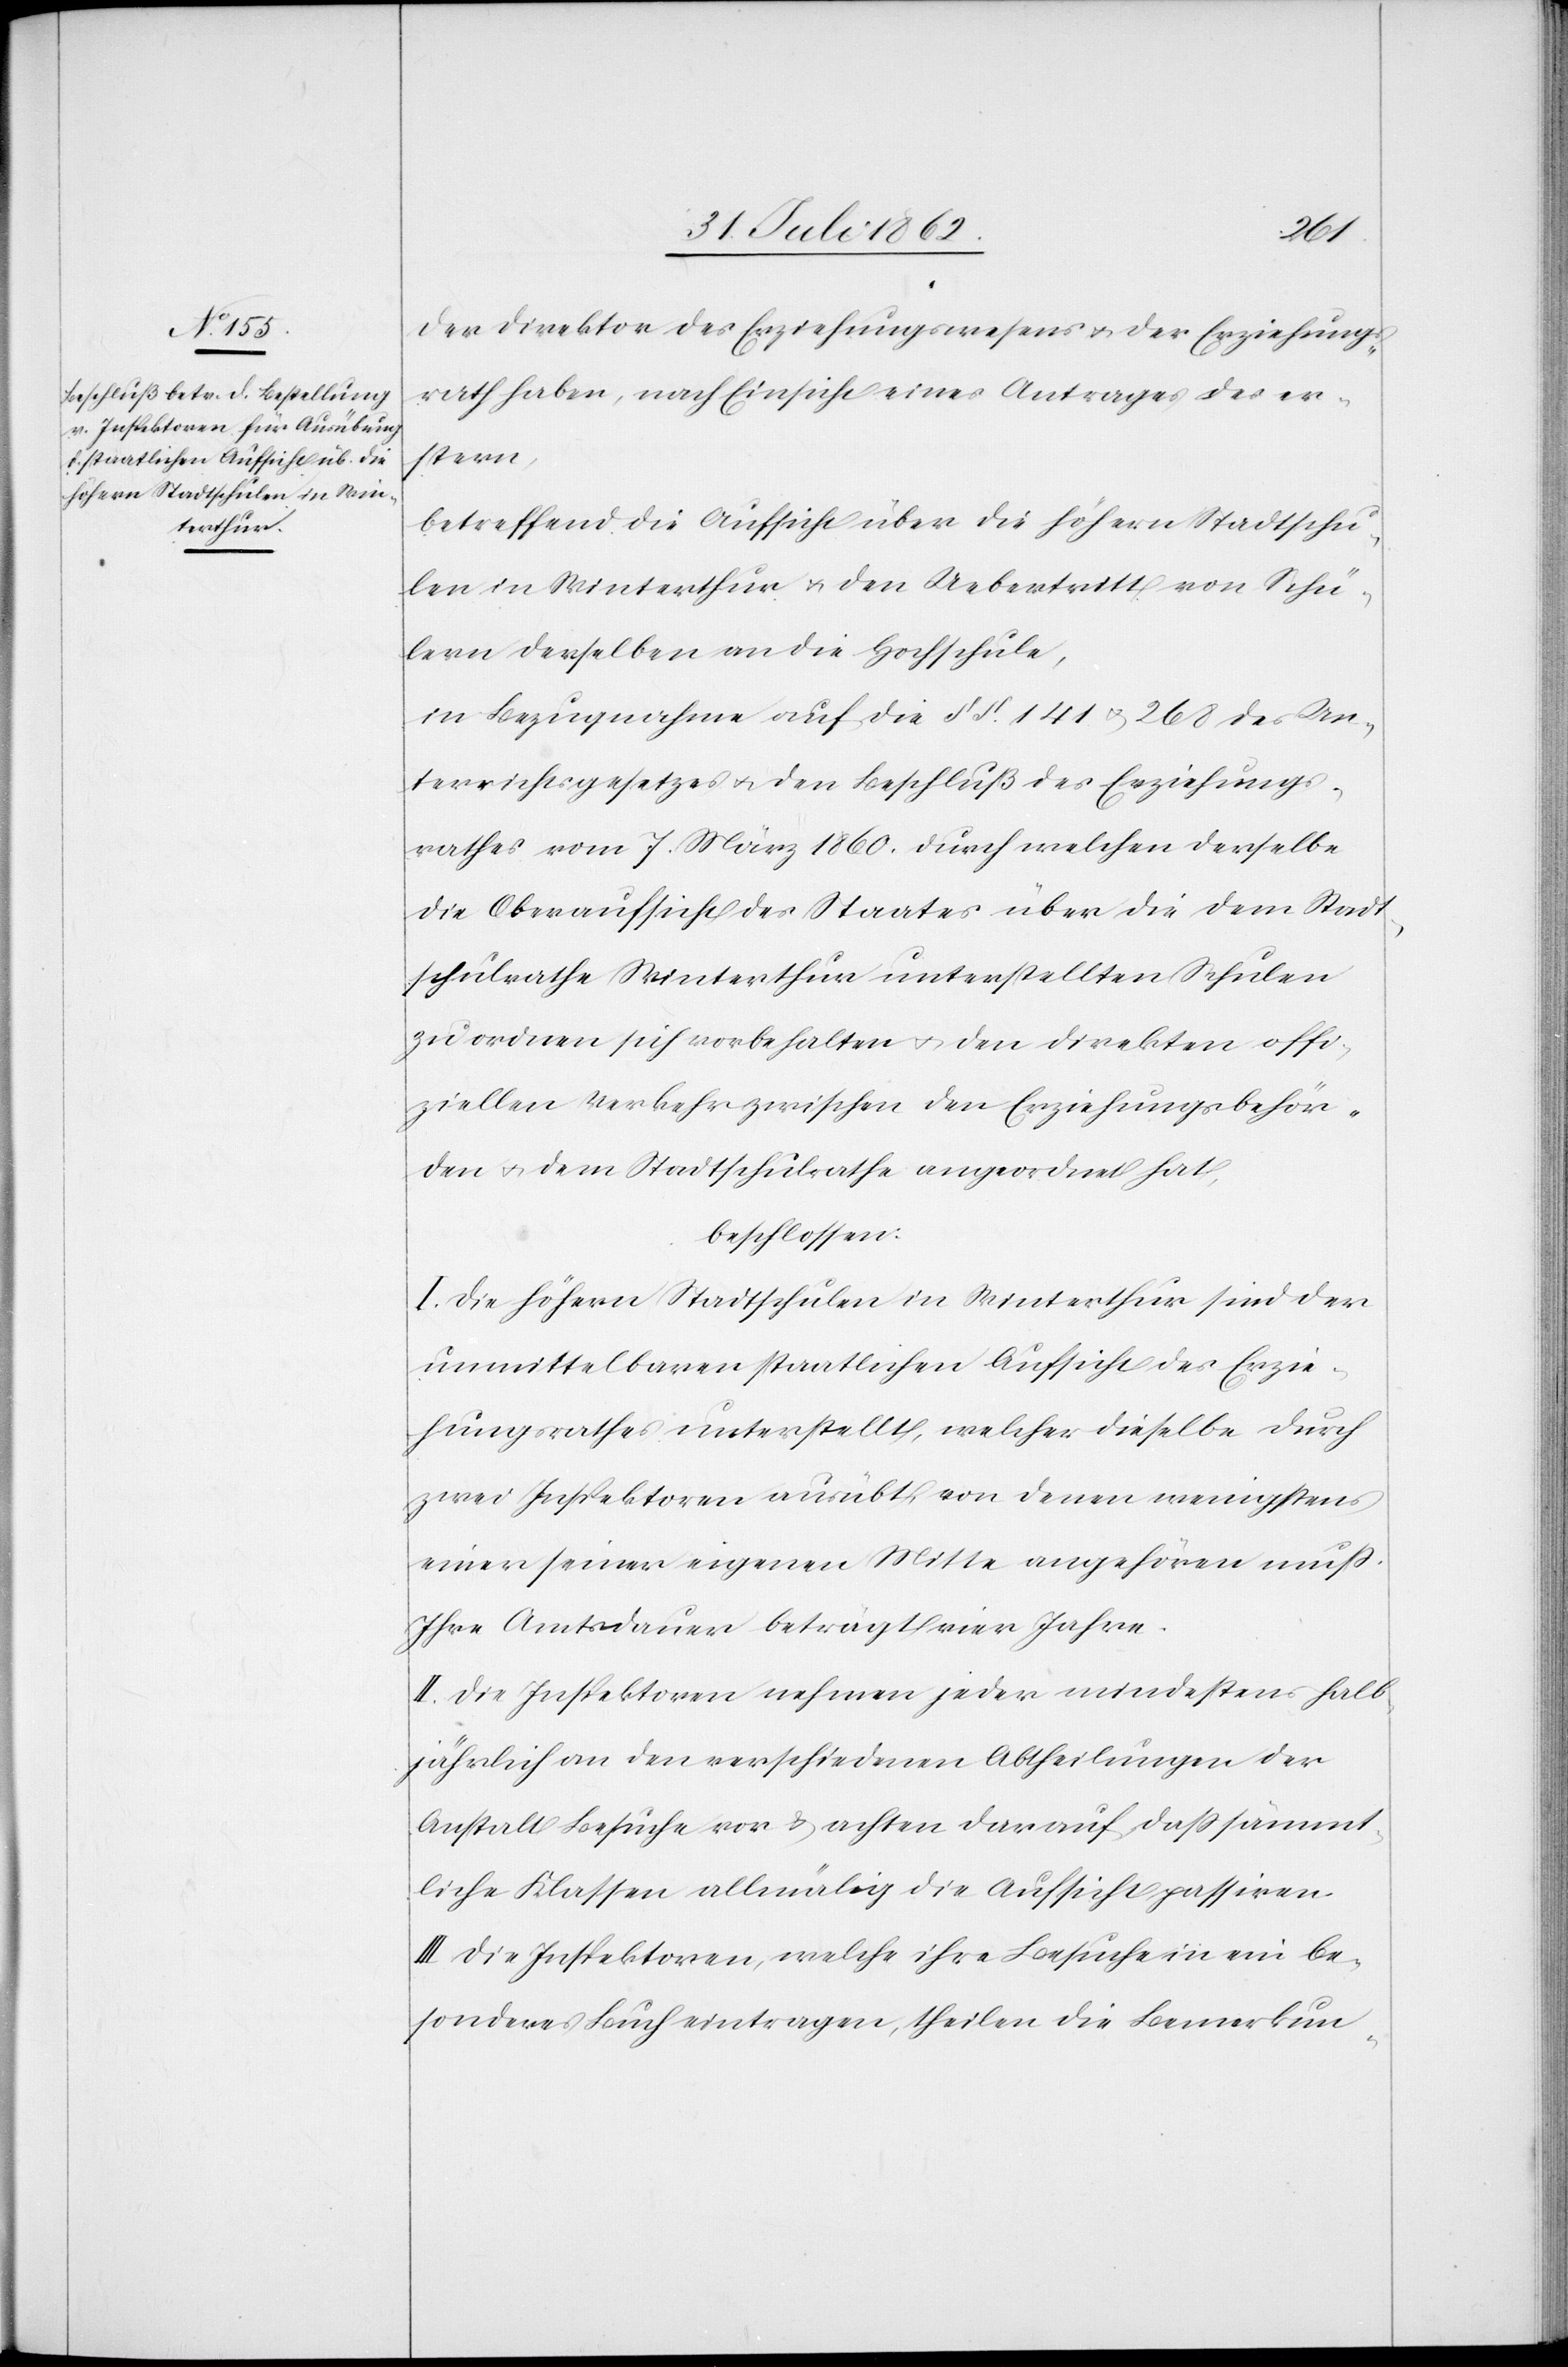
Der Direktor des Erziehungswesens u. der Erziehungs¬
rath haben, nach Einsicht eines Antrages des er¬
stern,
betreffend eine Aufsicht über die höhern Stadtschu¬
len in Winterthur u. den Uebertritt von Schü¬
lern derselben an die Hochschule,
in Bezugnahme auf die §§ 141 u. 268 des Un¬
terrichtsgesetzes u. den Beschluß des Erziehungs¬
rathes vom 7. März 1860 durch welchen derselbe
die Oberaufsicht des Staates über die dem Stadt¬
schulrathes Winterthur unterstellten Schulen
zu ordnen sich vorbehalten u. den direkten offi¬
ziellen Verkehr zwischen den Erziehungsbehör¬
den u. dem Stadtschulrathe angeordnet hat,
beschlossen:
I. Die höhern Stadtschulen in Winterthur sind der
unmittelbaren staatlichen Aufsicht des Erzie¬
hungsrathes unterstellt, welcher dieselbe durch
zwei Inspektoren ausübt, von denen wenigstens
einer seiner eigenen Mitte angehören muß.
Ihre Amtsdauer beträgt vier Jahre.
II. Die Inspektoren nehmen jeder mindestens halb¬
jährlich an den verschiedenen Abtheilungen der
Anstalt Besuche vor u. achten darauf, daß sämmt¬
liche Klassen allmälig die Aufsicht passiren.
III. Die Inspektoren, welche ihre Besuche in ein be¬
sonderes Buch eintragen, theilen die Bemerkun-